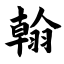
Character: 翰